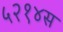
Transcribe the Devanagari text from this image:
५२१४स